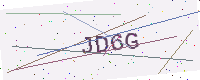
Text: JD6G